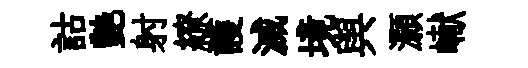
詁艶射繚護滅境舆灝𪩘